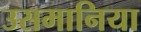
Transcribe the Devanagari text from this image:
उसमानिया